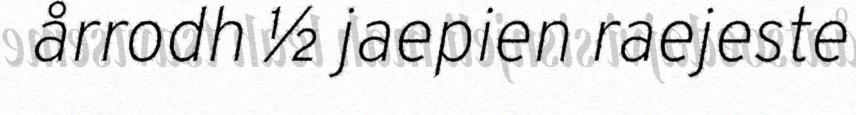
årrodh ½ jaepien raejeste